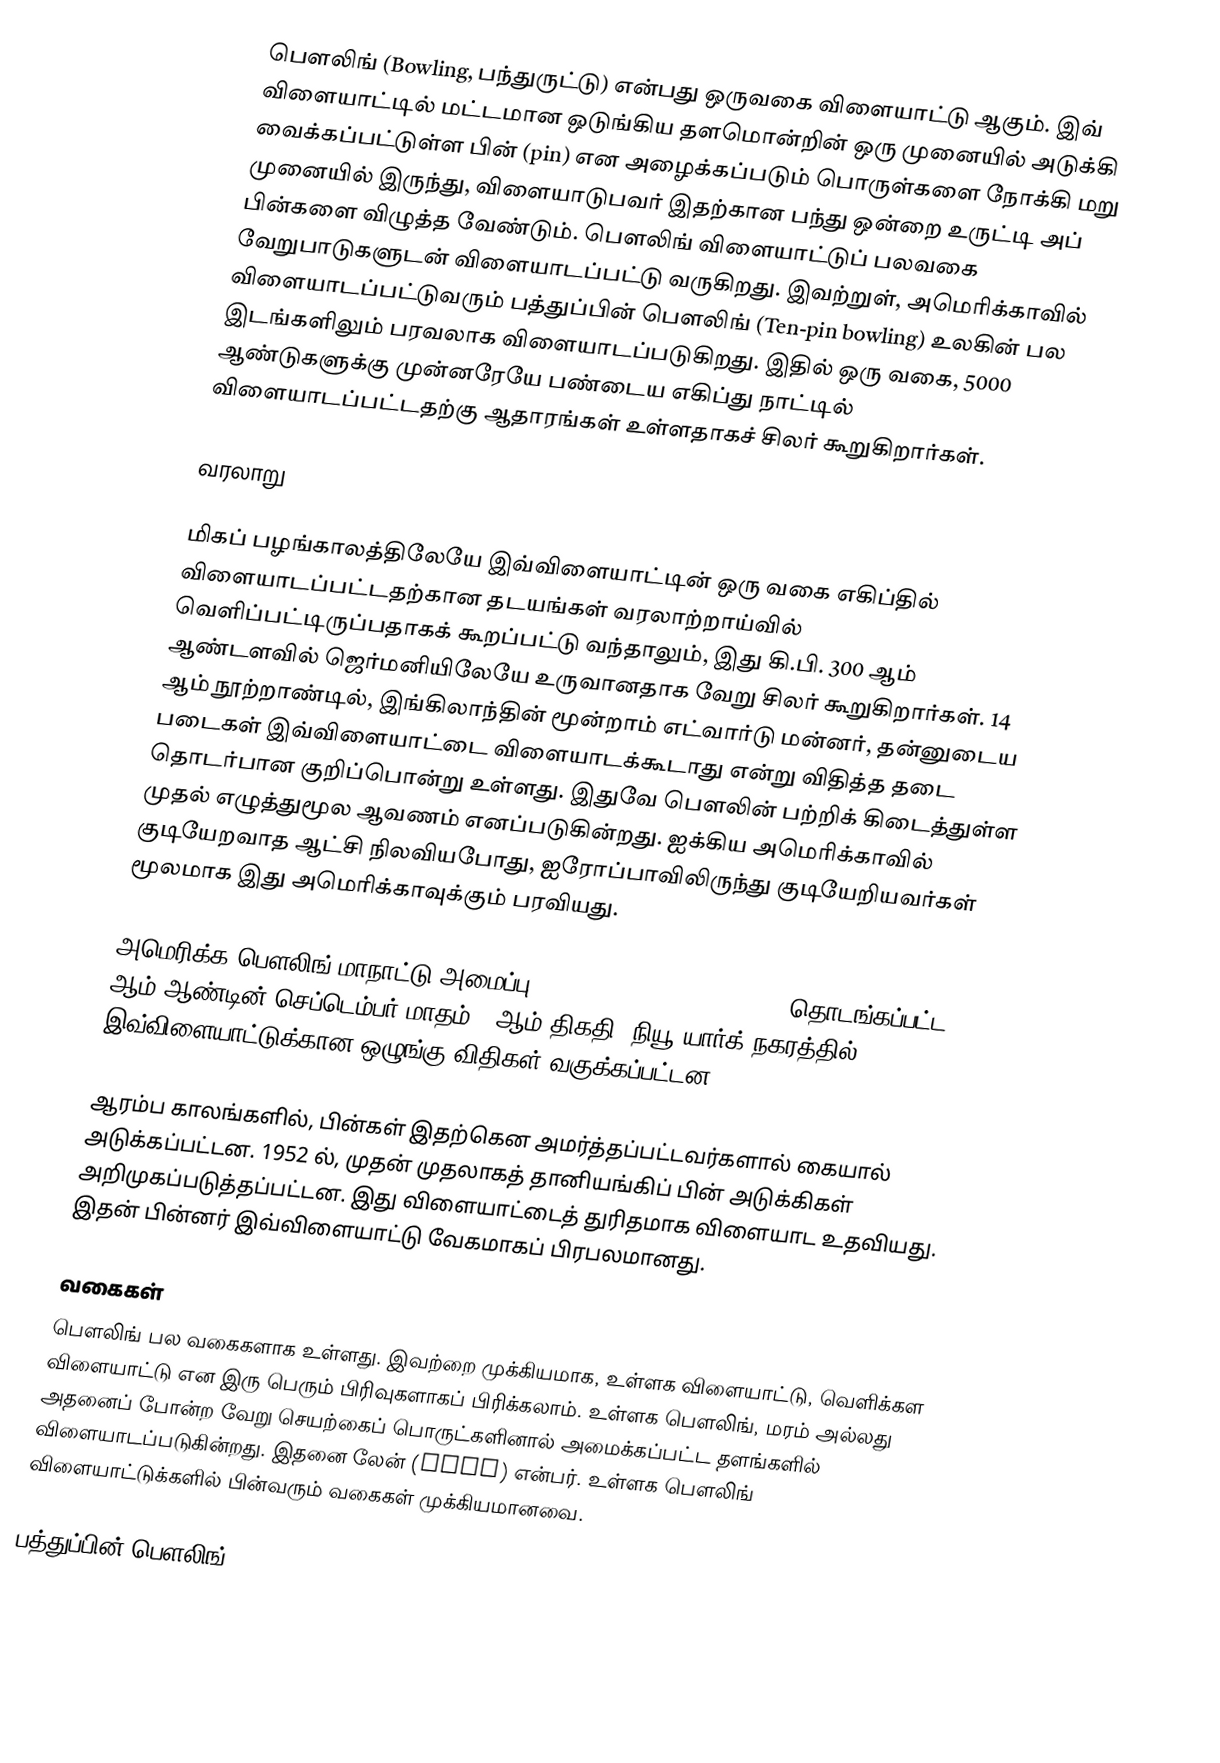
பௌலிங் (Bowling, பந்துருட்டு) என்பது ஒருவகை விளையாட்டு ஆகும். இவ் விளையாட்டில் மட்டமான ஒடுங்கிய தளமொன்றின் ஒரு முனையில் அடுக்கி வைக்கப்பட்டுள்ள பின் (pin) என அழைக்கப்படும் பொருள்களை நோக்கி மறு முனையில் இருந்து, விளையாடுபவர் இதற்கான பந்து ஒன்றை உருட்டி அப் பின்களை விழுத்த வேண்டும். பௌலிங் விளையாட்டுப் பலவகை வேறுபாடுகளுடன் விளையாடப்பட்டு வருகிறது. இவற்றுள், அமெரிக்காவில் விளையாடப்பட்டுவரும் பத்துப்பின் பௌலிங் (Ten-pin bowling) உலகின் பல இடங்களிலும் பரவலாக விளையாடப்படுகிறது. இதில் ஒரு வகை, 5000 ஆண்டுகளுக்கு முன்னரேயே பண்டைய எகிப்து நாட்டில் விளையாடப்பட்டதற்கு ஆதாரங்கள் உள்ளதாகச் சிலர் கூறுகிறார்கள்.

வரலாறு

மிகப் பழங்காலத்திலேயே இவ்விளையாட்டின் ஒரு வகை எகிப்தில் விளையாடப்பட்டதற்கான தடயங்கள் வரலாற்றாய்வில் வெளிப்பட்டிருப்பதாகக் கூறப்பட்டு வந்தாலும், இது கி.பி. 300 ஆம் ஆண்டளவில் ஜெர்மனியிலேயே உருவானதாக வேறு சிலர் கூறுகிறார்கள்.  14 ஆம் நூற்றாண்டில், இங்கிலாந்தின் மூன்றாம் எட்வார்டு மன்னர், தன்னுடைய படைகள் இவ்விளையாட்டை விளையாடக்கூடாது என்று விதித்த தடை தொடர்பான குறிப்பொன்று உள்ளது. இதுவே பௌலின் பற்றிக் கிடைத்துள்ள முதல் எழுத்துமூல ஆவணம் எனப்படுகின்றது. ஐக்கிய அமெரிக்காவில் குடியேறவாத ஆட்சி நிலவியபோது, ஐரோப்பாவிலிருந்து குடியேறியவர்கள் மூலமாக இது அமெரிக்காவுக்கும் பரவியது.

அமெரிக்க பௌலிங் மாநாட்டு அமைப்பு (American Bowling Congress) தொடங்கப்பட்ட 1895 ஆம் ஆண்டின் செப்டெம்பர் மாதம் 9 ஆம் திகதி, நியூ யார்க் நகரத்தில், இவ்விளையாட்டுக்கான ஒழுங்கு விதிகள் வகுக்கப்பட்டன.

ஆரம்ப காலங்களில், பின்கள் இதற்கென அமர்த்தப்பட்டவர்களால் கையால் அடுக்கப்பட்டன. 1952 ல், முதன் முதலாகத் தானியங்கிப் பின் அடுக்கிகள் அறிமுகப்படுத்தப்பட்டன. இது விளையாட்டைத் துரிதமாக விளையாட உதவியது. இதன் பின்னர் இவ்விளையாட்டு வேகமாகப் பிரபலமானது.

வகைகள்
பௌலிங் பல வகைகளாக உள்ளது. இவற்றை முக்கியமாக, உள்ளக விளையாட்டு, வெளிக்கள விளையாட்டு என இரு பெரும் பிரிவுகளாகப் பிரிக்கலாம். உள்ளக பௌலிங், மரம் அல்லது அதனைப் போன்ற வேறு செயற்கைப் பொருட்களினால் அமைக்கப்பட்ட தளங்களில் விளையாடப்படுகின்றது. இதனை லேன் (lane) என்பர். உள்ளக பௌலிங் விளையாட்டுக்களில் பின்வரும் வகைகள் முக்கியமானவை.

 பத்துப்பின் பௌலிங் (Ten-pin bowling) :